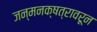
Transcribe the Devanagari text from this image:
जन्मनक्षत्रावरून